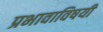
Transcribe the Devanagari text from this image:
प्रभावाविषयी